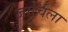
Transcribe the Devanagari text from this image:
जाचिला